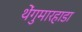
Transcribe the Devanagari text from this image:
थेंगुमारहाडा